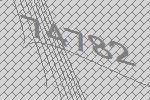
74782